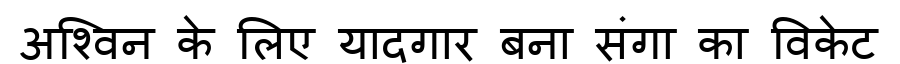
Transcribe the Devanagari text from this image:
अश्विन के लिए यादगार बना संगा का विकेट